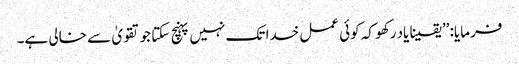
فرمایا: ’’یقینا یاد رکھو کہ کوئی عمل خدا تک نہیں پہنچ سکتا جو تقویٰ سے خالی ہے۔